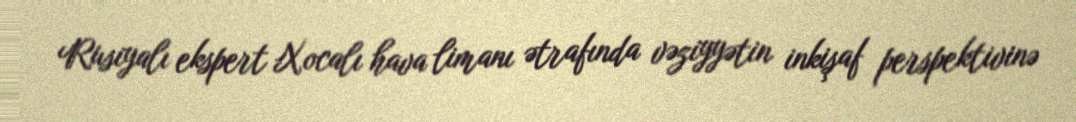
Rusiyalı ekspert Xocalı hava limanı ətrafında vəziyyətin inkişaf perspektivinə